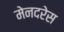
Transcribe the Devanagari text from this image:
मेनदरेस